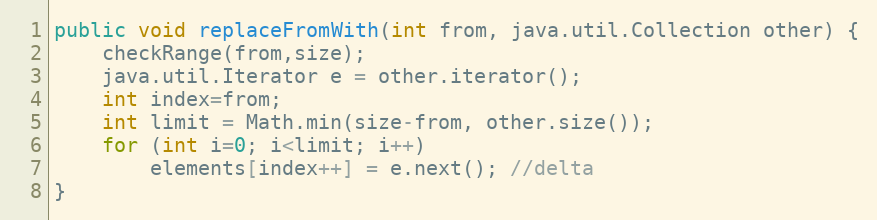
Language: Java
public void replaceFromWith(int from, java.util.Collection other) {
	checkRange(from,size);
	java.util.Iterator e = other.iterator();
	int index=from;
	int limit = Math.min(size-from, other.size());
	for (int i=0; i<limit; i++)
	    elements[index++] = e.next(); //delta
}